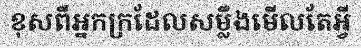
ខុសពីអ្នកក្រដែលសម្លឹងមើលតែអ្វី